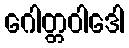
ဂေါတ္တဝါဒေါ